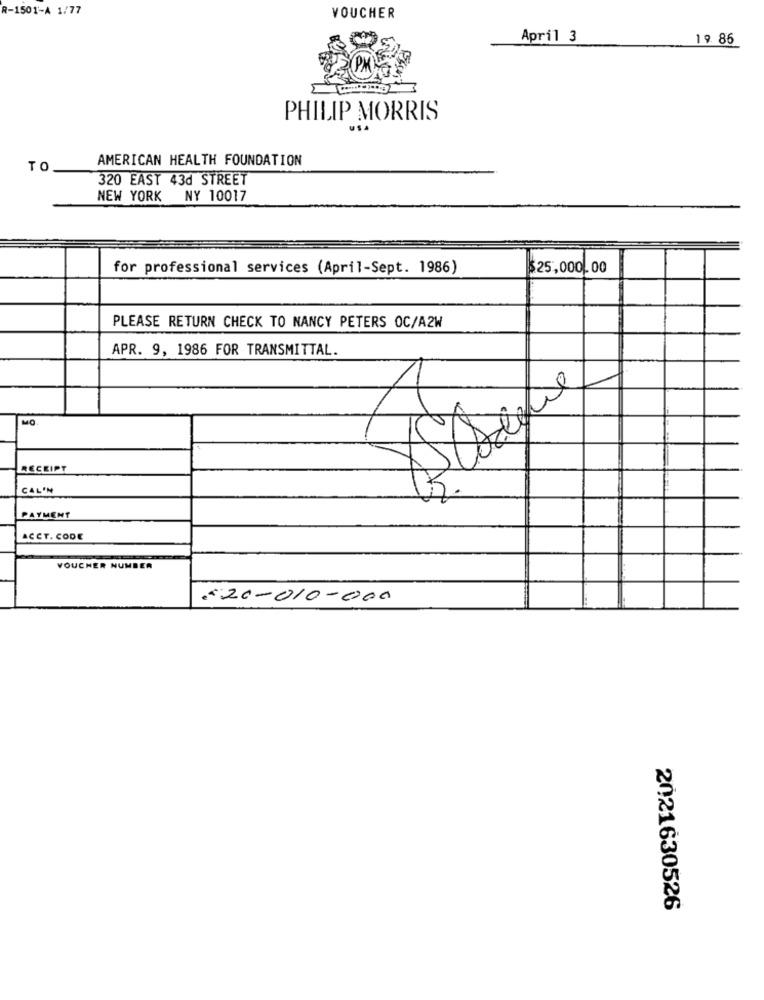
R-1501-A 1/77
VOUCHER
April 3
19 86
PHILIP MORRIS
AMERICAN HEALTH FOUNDATION
TC
320 EAST 43d STREET
NEW YORK
NY 10017
for professional services (April-Sept. 1986)
$25,000,00
PLEASE RETURN CHECK TO NANCY PETERS OC/AZW
APR. 9, 1986 FOR TRANSMITTAL.
MO
RECEIPT
CAL'N
PAYMENT
ACCT. CODE
VOUCHER NUMBER
520-010-000
2021630526